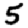
Digit: 5